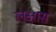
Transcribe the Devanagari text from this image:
लक्षास